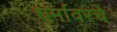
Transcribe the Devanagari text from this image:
धर्मावरचे